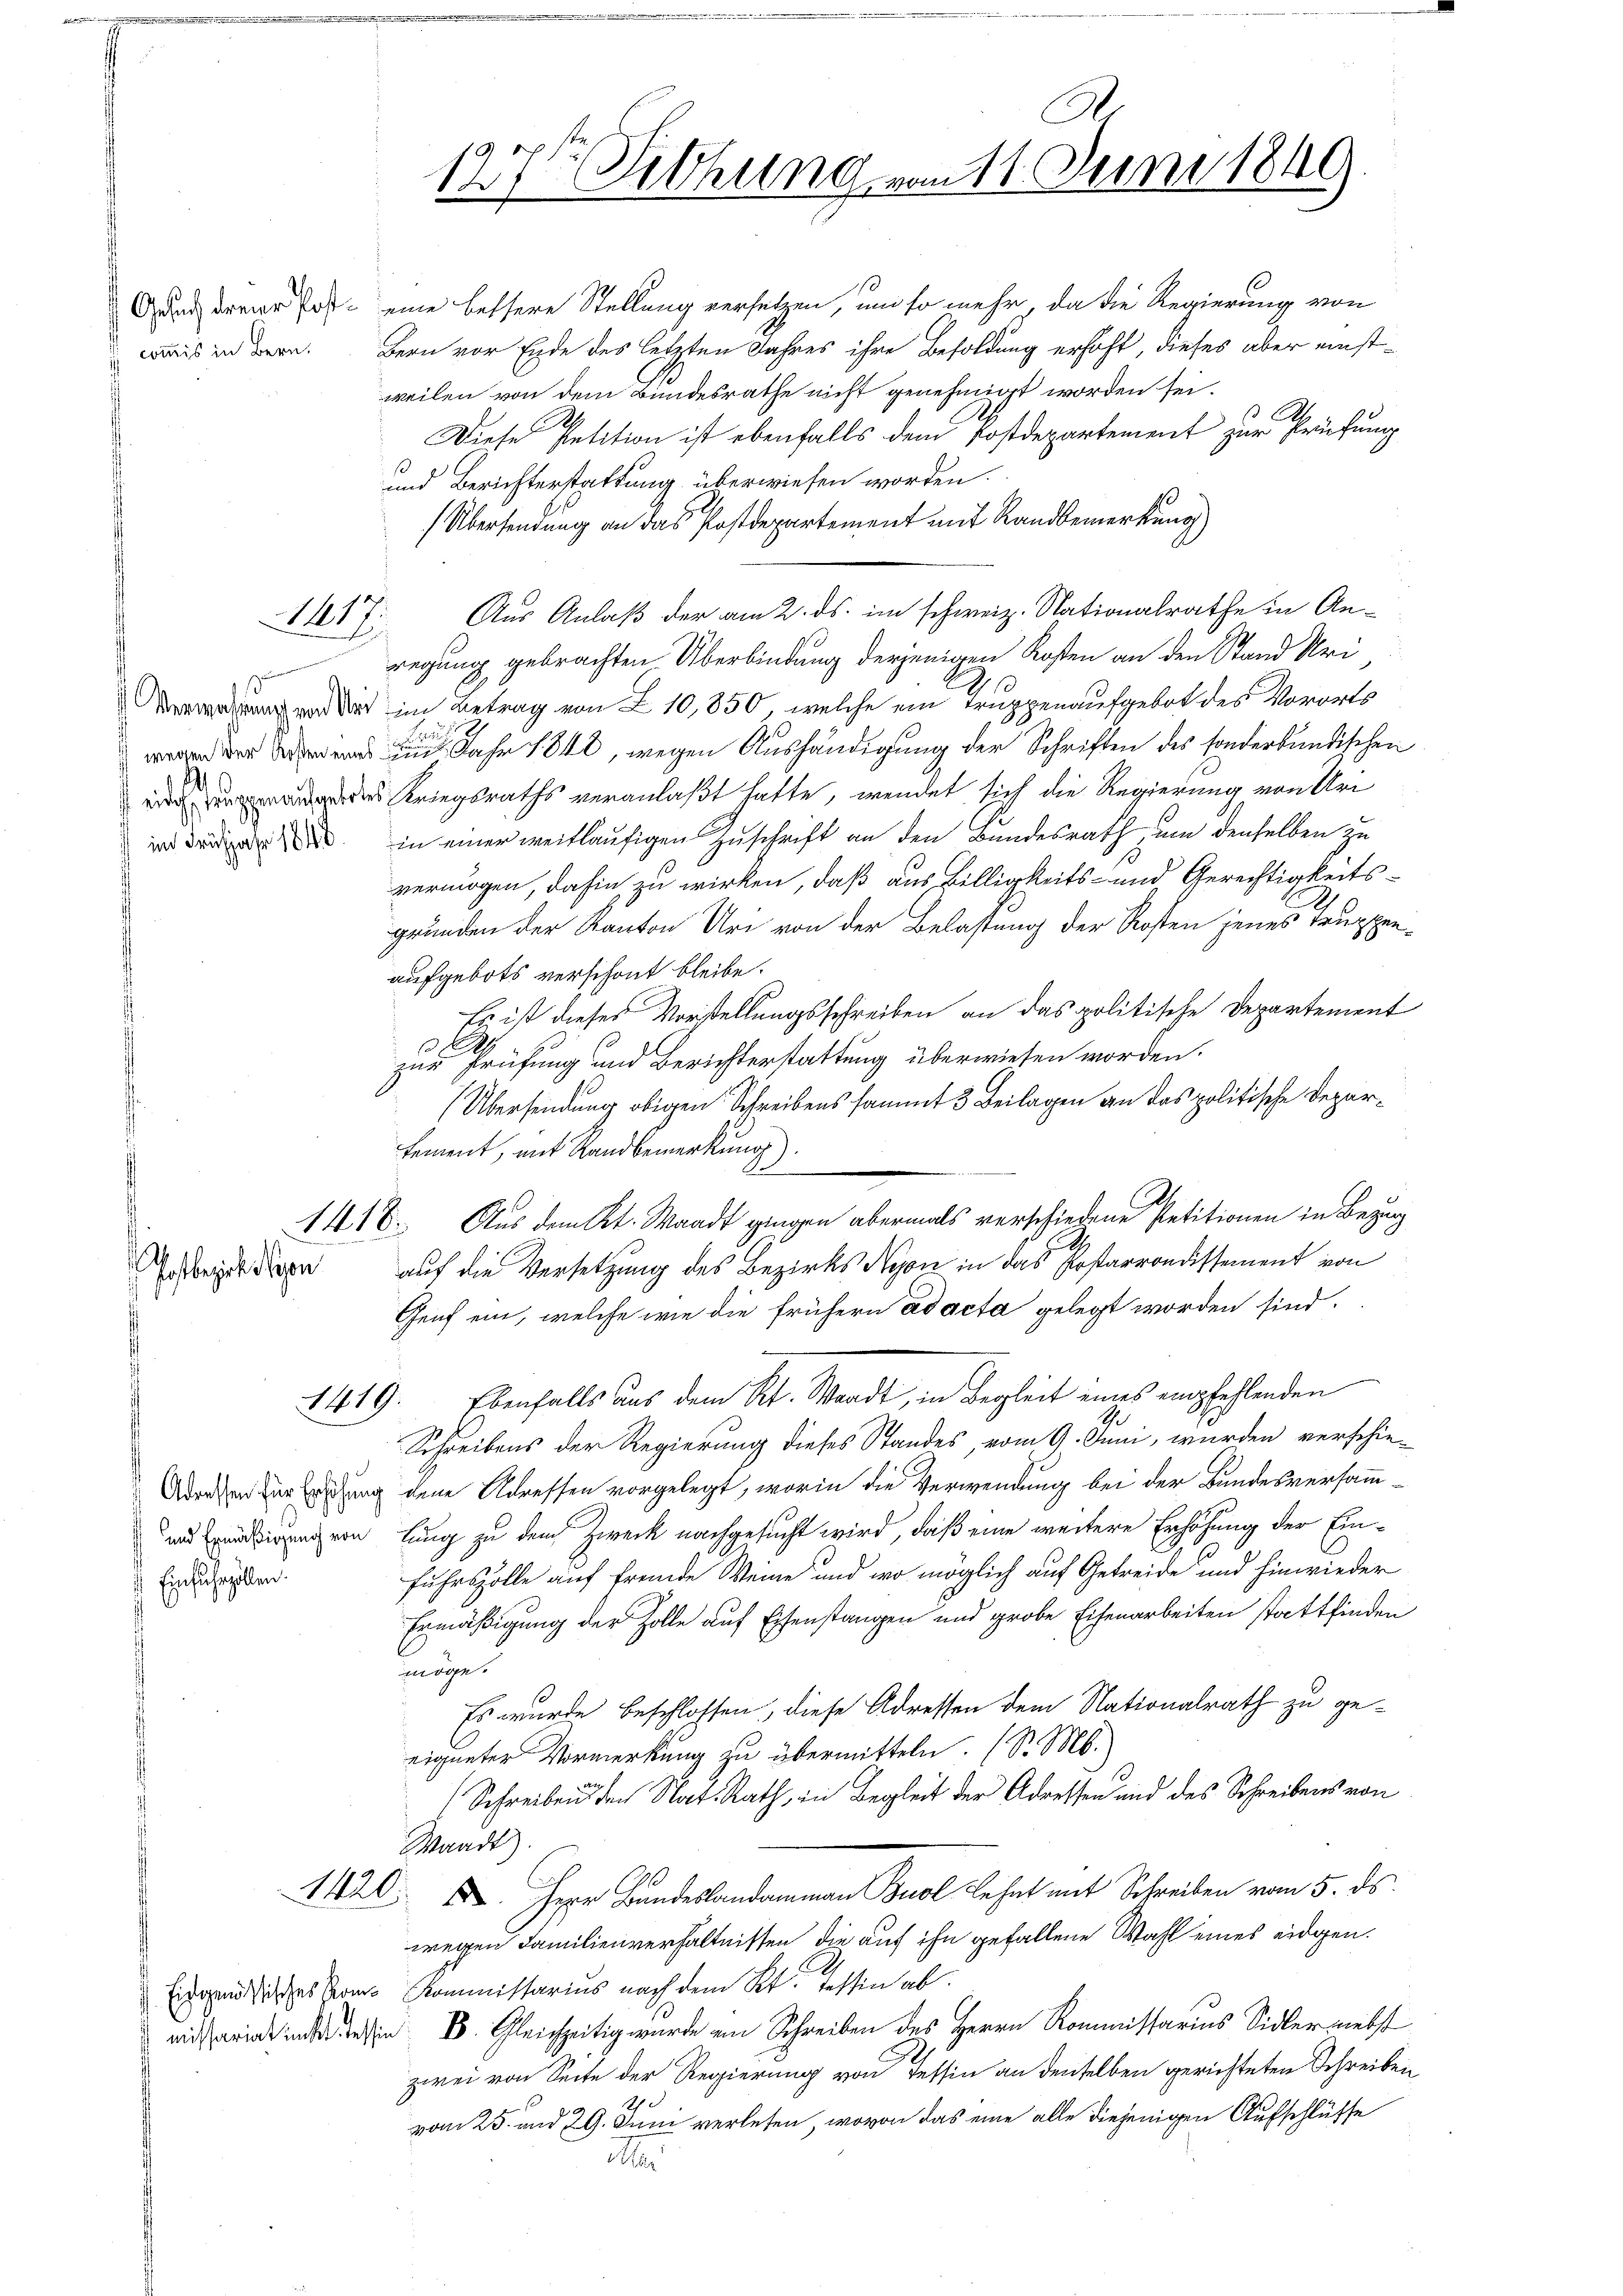
commis in Bern.

Postbezirk Nepon

117

in Frühjahr 1848.

Einfuhrzollen.

1419.

Grund dreier Post eine bessere Stellung versetzen, und so mehr, da die Regierung von
Bern vor Ende des letzten Jahres ihre Besoldung erhöht, dieses aber einstweilen von dem Bundesrathe nicht genehmigt worden sei.
.
Diese Petition ist ebenfalls dem Postdepartement zur Prüfung
und Berichterstattung überwiesen worden.
Übersendung an das Postdepartement mit Randbemerkung)
Aus Anlaß der am 2. ds. im schweiz. Nationalrathe in Anregung gebrachten Überbindung derjenigen Kosten an den Stand Uri
a im Betrag von Z10,850, welche ein Truppenaufgebot des Vororts
F
 Jahr 184, wegen Aushändigung der Schriften des sonderkundischen
 Kriegsraths veranlaßt hatte, wendet sich die Regierung von Uri
in einer weitläufigen Zuschrift an den Bundesrath um denselben zu
vermögen, dahin zu wirken, daß aus Billigkeits- und Gerechtigkeitsgründen der Kanton Uri von der Belastung der Kosten jenes Truppenaufgebots verschont bleibe.
Es ist dieser Vorstellungsschreiben an das politische Departement
so
zur Prüfung und Berichterstattung überwiesen worden.
(Übersendung obigen Schreibens sammt 3 Beilagen an das politische Deparfement, mit Randbemerkung)
1418. Aus dem Kt. Waadt gingen abermals verschiedene Petitionen in Bezug
auf die Versetzung des Bezirks Nyon in das Postarrondissement von
Genf ein, welche wie die frühern ad acta gelegt worden sind.
Ebenfalls aus dem Kt. Waadt, in Begleit eines empfehlenden
G
Schreibens der Regierung dieses Standes, vom 9. Juni, wurden verschie-
Adresen zur Erschung dene Adressen vorgelegt, worin die Verwendung bei der Bundesversamm¬
und madirung von lung zu dem Zweck nachgesucht wird, daß eine weitere Erhöhung der Ein¬
Fuhrszolle auf fremde Weine und wo möglich auf Getreide und hinwieder
Ermäßigung der Zolle auf Eisenstangen und grobe Eisenarbeiten stattfinden
adge¬
Es wurde beschlossen, diese Adressen dem Nationalrath zu geeigneter Vormerkung zu übermitteln. (S. M.
(Schreiben den Nat. Rath, in Begleit der Adressen und des Schreibens von
Waadt)
1420. Herr Bandeslandammann Buol Lehnt mit Schreiben vom 5. ds.
wegen Familienverhältnissen die auf ihn gefallene Wahl eines eidgen.
Eidandisches Poms Kommissarius nach dem Kt. Tessin ab
riri in des I. Gleichzeitig wurde von Schreiben des Herrn Kommissarius Sidler nebst
zwei von Seite der Regierung von Tessin an denselben gerichteten Schreiben
vom 25. und 29. Juni verlesen, wovon das eine alle diejenigen Aufschlüsse
e

1
127t Setzung vom 11. Juni 1849.